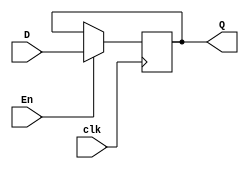
module register #(parameter SIZE = 16)
					  (D, En, clk, Q);
	input [SIZE-1:0] D;
	input En, clk;
	output reg [SIZE-1:0] Q;
	
	always@(posedge clk)
			if(En)
				Q <= D;
			else 
				Q <= Q;
				
endmodule


module single_register (clk, en, d, q);
	input clk, en, d;
	output reg q;
	
	always @(posedge clk)
		if (en)
			q <= d;
		else
			q <= q;

endmodule